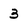
Character: 3